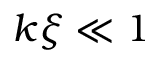
k \xi \ll 1